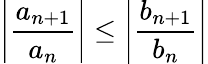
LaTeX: \left\vert{\frac{a_{n+1}}{a_{n}}}\right\vert\leq\left\vert{\frac{b_{n+1}}{b_{n}}}\right\vert